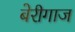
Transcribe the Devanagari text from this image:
बेरीगाज